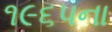
૧૯૬પના